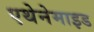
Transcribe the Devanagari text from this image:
एथेनेमाइड